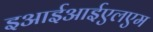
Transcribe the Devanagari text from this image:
इआईआईएलएम